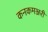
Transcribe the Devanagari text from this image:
कनकमञ्जरी